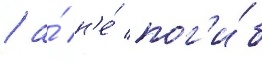
/ а́ н'е́ пог'и́б